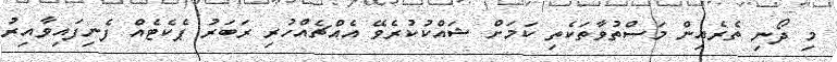
މި ދޯނި ތެރެއިން މަސްތުވާތަކެތި ކަމަށް ޝައްކުކުރެވޭ އެއްޗެއްހުރި ރަބަރު ޕެކެޓެއް ފެނިފައިވާއިރު